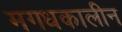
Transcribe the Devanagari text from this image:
मगधकालीन